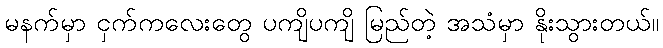
မနက်မှာ ငှက်ကလေးတွေ ပကျိပကျိ မြည်တဲ့ အသံမှာ နိုးသွားတယ်။